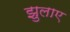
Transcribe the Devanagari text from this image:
झुलाए